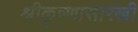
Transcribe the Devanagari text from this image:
श्रीकृष्णासारखी